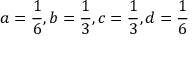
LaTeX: a = { \frac { 1 } { 6 } } , b = { \frac { 1 } { 3 } } , c = { \frac { 1 } { 3 } } , d = { \frac { 1 } { 6 } }